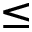
\leq